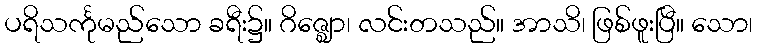
ပရိသင်္ကုမည်သော ခရီး၌။ ဂိဇ္ဈော၊ လင်းတသည်။ အာသိ၊ ဖြစ်ဖူးပြီ။ သော၊